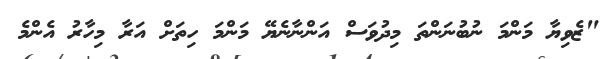
"ޒެވިޔާ މަންމަ ނުބުނަންތަ މިދުވަސް އަންނާނެޔޭ މަންމަ ހިތަށް އަރާ މިހާރު އެންމެ